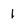
Character: 1